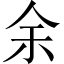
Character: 余